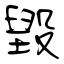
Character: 毀